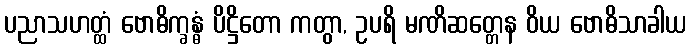
ပညာသဟတ္ထံ ဗောဓိက္ခန္ဓံ ပိဋ္ဌိတော ကတွာ, ဥပရိ မဏိဆတ္တေန ဝိယ ဗောဓိသာခါယ